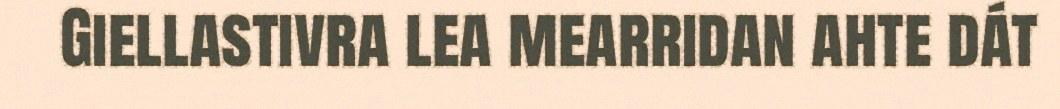
Giellastivra lea mearridan ahte dát